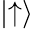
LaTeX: \mid\uparrow\rangle